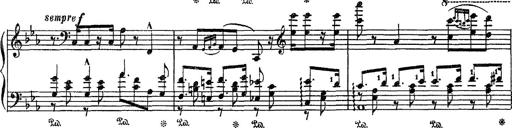
Title: Fantaisie sur des motifs favoris de l'opÃ©ra 'La sonnambula'
Composer: Franz Liszt